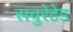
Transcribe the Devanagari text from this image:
सचुरेटेड